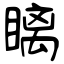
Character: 瞝